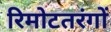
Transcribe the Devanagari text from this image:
रिमोटतरंगों